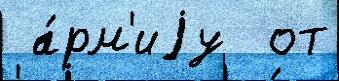
 а́рм'иjу  от